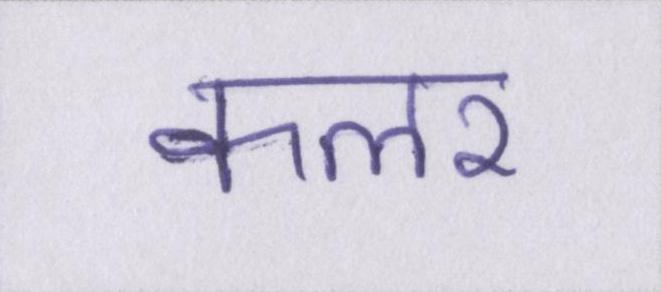
कलर